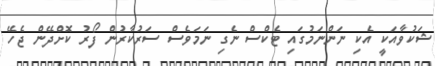
ޝަކުވާއަކީ އެކި ނަންނަމުގައި ޓެކްސް ނެގި ނަމަވެސް ސަރުކާރުން ފޯރު ކޮށްދޭން ޖެހޭ